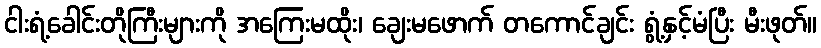
ငါးရံ့ခေါင်းတိုကြီးများကို အကြေးမထိုး၊ ချေးမဖောက် တကောင်ချင်း ရွံ့နှင့်မံပြီး မီးဖုတ်။